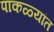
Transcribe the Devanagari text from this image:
पाकळ्यांत